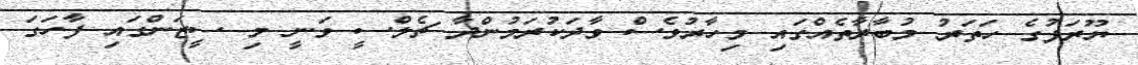
ޔޫރަޕުގެ ހަތަރު މުބާރާތެއްގައި މިހާރުވެސް ވާދަކުރަމުންދާ ޗެލްސީ ވަނީ މި ސީޒަންގައި ފާހަގަ